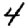
Digit: 4